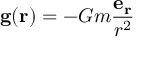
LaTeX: \mathbf { g } ( \mathbf { r } ) = - G m { \frac { \mathbf { e _ { r } } } { r ^ { 2 } } }